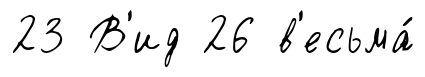
23 В'ид 26 в'есьма́